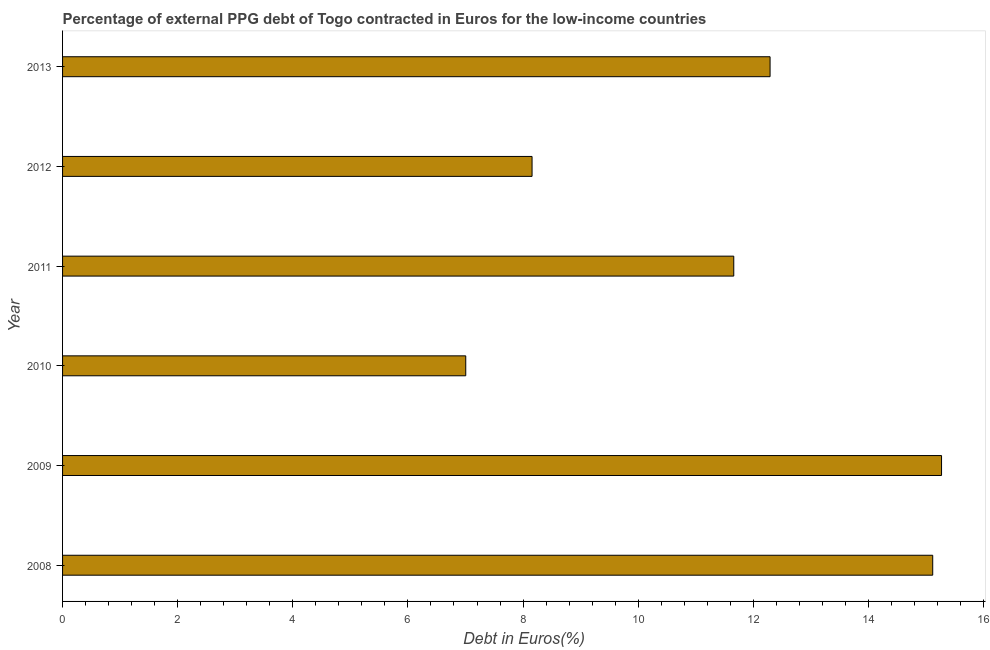
| Year | Currency composition of PPG debt |
 | --- | --- |
 | 2008 | 15.1 |
 | 2009 | 15.3 |
 | 2010 | 7 |
 | 2011 | 11.7 |
 | 2012 | 8.16 |
 | 2013 | 12.3 |